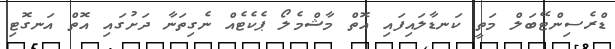
ޑްރެސިންޓޭބަލް މަތީ ކަނޑާލައިފައި އޮތް މާޝްމެލޯ ޕެކެޓެއް ނެގިތަނާ ދަށުގައި އޮތް އަނގޮޓި